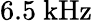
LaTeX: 6.5~\mathrm{{kHz}}